Lunatic asylums Central Provinces reports 1895-1909 - 1895-1909
Year: 1895
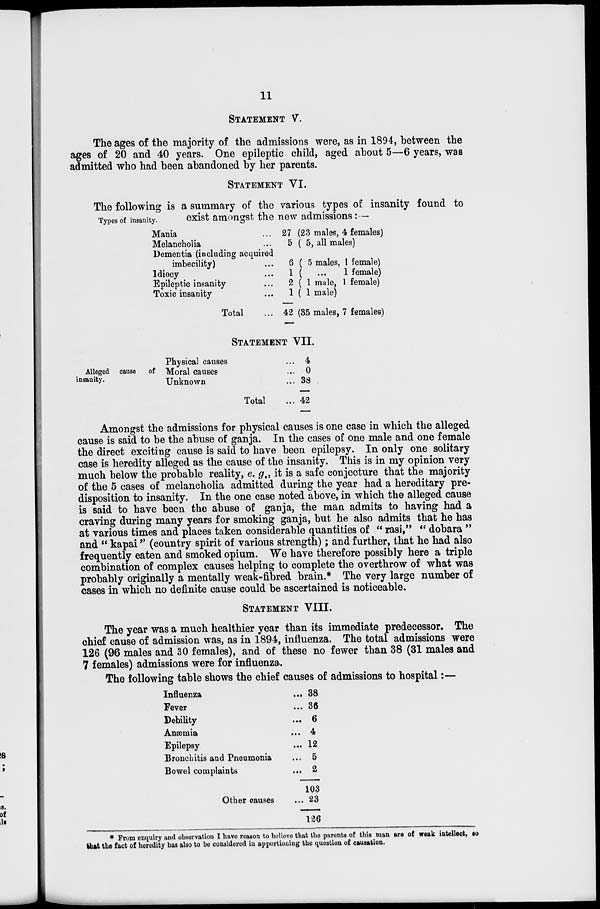
11
STATEMENT V.
The ages of the majority of the admissions were, as in 1894, between the
ages of 20 and 40 years. One epileptic child, aged about 5—6 years, was
admitted who had been abandoned by her parents.
STATEMENT VI.
Types of insanity.
The following is a summary of the various types of insanity found to
exist amongst the new admissions:—
Mania ...
Melancholia ...
Dementia (including acquired
imbecility) ...
Idiocy ...
Epileptic insanity ...
Toxic insanity ...
Total ...
27 (23 males, 4 females)
5 ( 5, all males)
6(5 males, 1 female)
1 (
...
1 female)
2 ( 1 male, 1 female)
1 ( 1 male)
42 (35 males, 7 females)
STATEMENT VII.
Alleged cause
of
insanity.
Physical causes ...
Moral causes ...
Unknown ...
Total ...
4
0
38
42
Amongst the admissions for physical causes is one case in which the alleged
cause is said to be the abuse of ganja. In the cases of one male and one female
the direct exciting cause is said to have been epilepsy. In only one solitary
case is heredity alleged as the cause of the insanity. This is in my opinion very
much below the probable reality, e. g., it is a safe conjecture that the majority
of the 5 cases of melancholia admitted during the year had a hereditary pre-
disposition to insanity. In the one case noted above, in which the alleged cause
is said to have been the abuse of ganja, the man admits to having had a
craving during many years for smoking ganja, but he also admits that he has
at various times and places taken considerable quantities of " rasi," " dobara "
and " kapai" (country spirit of various strength); and further, that he had also
frequently eaten and smoked opium. We have therefore possibly here a triple
combination of complex causes helping to complete the overthrow of what was
probably originally a mentally weak-fibred brain.* The very large number of
cases in which no definite cause could be ascertained is noticeable.
STATEMENT VIII.
The year was a much healthier year than its immediate predecessor. The
chief cause of admission was, as in 1894, influenza. The total admissions were
126 (96 males and 30 females), and of these no fewer than 38 (31 males and
7 females) admissions were for influenza.
The following table shows the chief causes of admissions to hospital:—
Influenza
Fever
Debility
Anæmia
Epilepsy
Bronchitis and Pneumonia
Bowel complaints
Other causes
...
...
...
...
...
...
...
...
38
36
6
4
12
0
2
103
23
126
* From enquiry and observation I have reason to believe that the parents of this man are of weak intellect, so
that the fact of heredity has also to be considered in apportioning the question of causation.